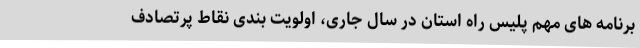
برنامه های مهم پلیس راه استان در سال جاری، اولویت بندی نقاط پرتصادف